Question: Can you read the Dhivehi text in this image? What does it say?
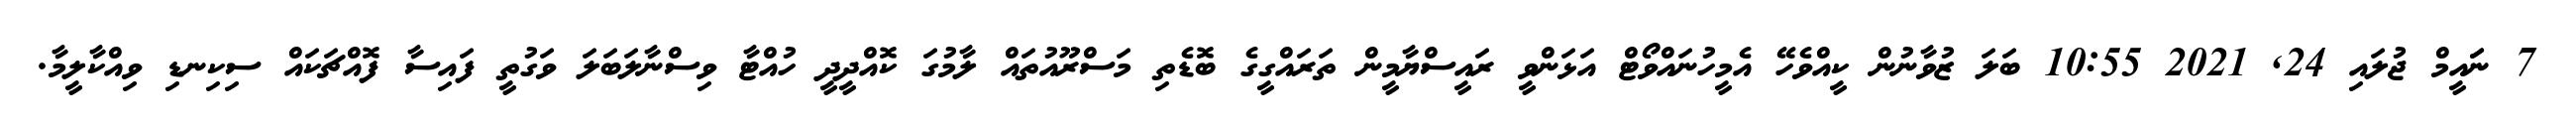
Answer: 7 ނަައީމް ޖުލައި 24, 2021 10:55 ބަލަ ޒުވާނުން ކީއްވެހޭ އެމީހުނައްވޯޓް އަޅަންވީ ރައީސްޔާމީން ތަރައްގީގެ ބޮޑެތި މަސްރޫއުތައް ލާމުގަ ކޮއްދީދީ ހުއްޓާ ވިސްނާލަބަލަ ވަގުތީ ފައިސާ ފޮއްޗަކައް ސިކިނޑި ވިއްކާލީމާ.